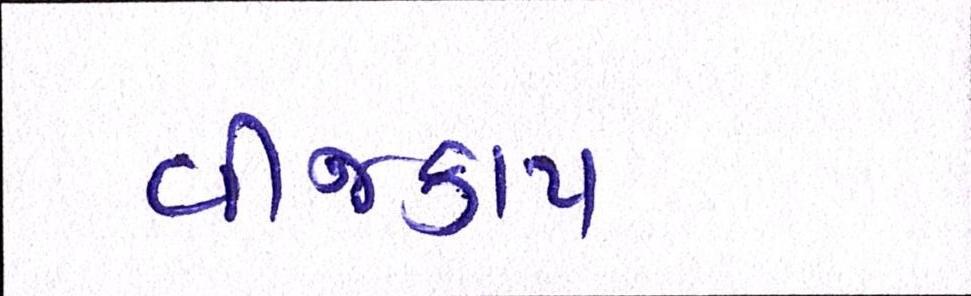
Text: વીજકાપ